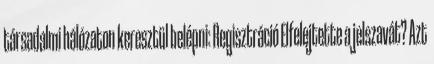
társadalmi hálózaton keresztül belépni: Regisztráció Elfelejtette a jelszavát? Azt